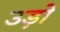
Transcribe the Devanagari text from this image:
उड़ो